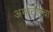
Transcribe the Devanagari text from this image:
अमाट्लचा